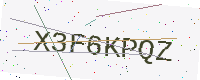
Text: X3F6KPQZ